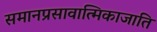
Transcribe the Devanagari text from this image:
समानप्रसावात्मिकाजाति